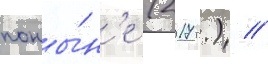
поны́н'е (2017 г.) //